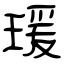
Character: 瑗